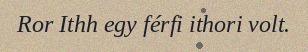
Ror Ithh egy férfi ithori volt.